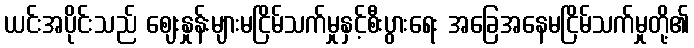
ယင်းအပိုင်းသည် ဈေးနှုန်းများမငြိမ်သက်မှုနှင့်စီးပွားရေး အခြေအနေမငြိမ်သက်မှုတို့၏